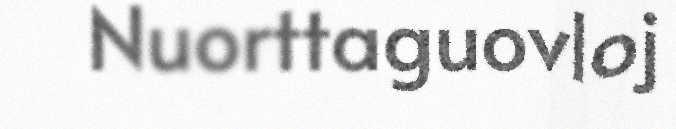
Nuorttaguovloj